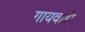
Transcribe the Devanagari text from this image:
गायवाडी